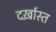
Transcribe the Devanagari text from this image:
दर्ख़ास्त